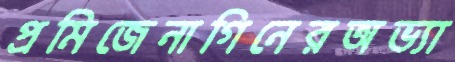
প্রমিজেনাগিনেরঅভ্যা